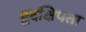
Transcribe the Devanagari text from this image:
हृदक्षिपता